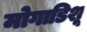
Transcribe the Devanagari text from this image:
मोगाडिशू